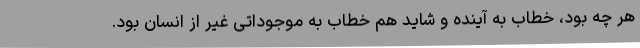
هر چه بود، خطاب به آینده و شاید هم خطاب به موجوداتی غیر از انسان بود.